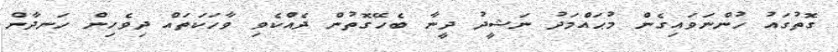
ގޮތުގައު ހުންނަވައިގެން މުޙައްމަދު ނަޝީދު ދީނާ ބެހޭގޮތުން ދެއްކެވި ވާހަކަތައް ދިވެހިން ހަނދާން